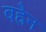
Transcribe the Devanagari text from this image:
बह्रैन